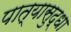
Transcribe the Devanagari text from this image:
पात्यासुद्धा